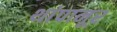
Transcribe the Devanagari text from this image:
थांपानूर